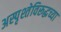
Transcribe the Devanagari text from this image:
अस्पृश्तेविरूद्धच्या